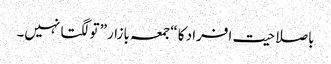
باصلاحیت افراد کا “جمعہ بازار” تو لگتا نہیں۔